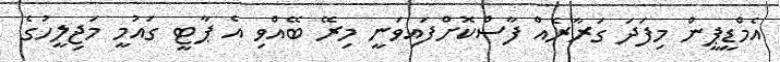
އެމްޑީޕީން މިފަދަ ގަރާރެއް ފާސްކޮށްފައިވަނީ މިރޭ ބޭއްވި އެ ޕާޓީ ގައުމީ މަޖިލީހުގެ